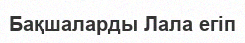
Бақшаларды Лала егіп